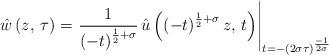
LaTeX: \begin{align*}\hat{w}\left(z,\,\tau\right)=\left.\frac{1}{\left(-t\right)^{\frac{1}{2}+\sigma}}\,\hat{u}\left(\left(-t\right)^{\frac{1}{2}+\sigma}z,\,t\right)\right|_{t=-\left(2\sigma\tau\right)^{\frac{-1}{2\sigma}}}\end{align*}